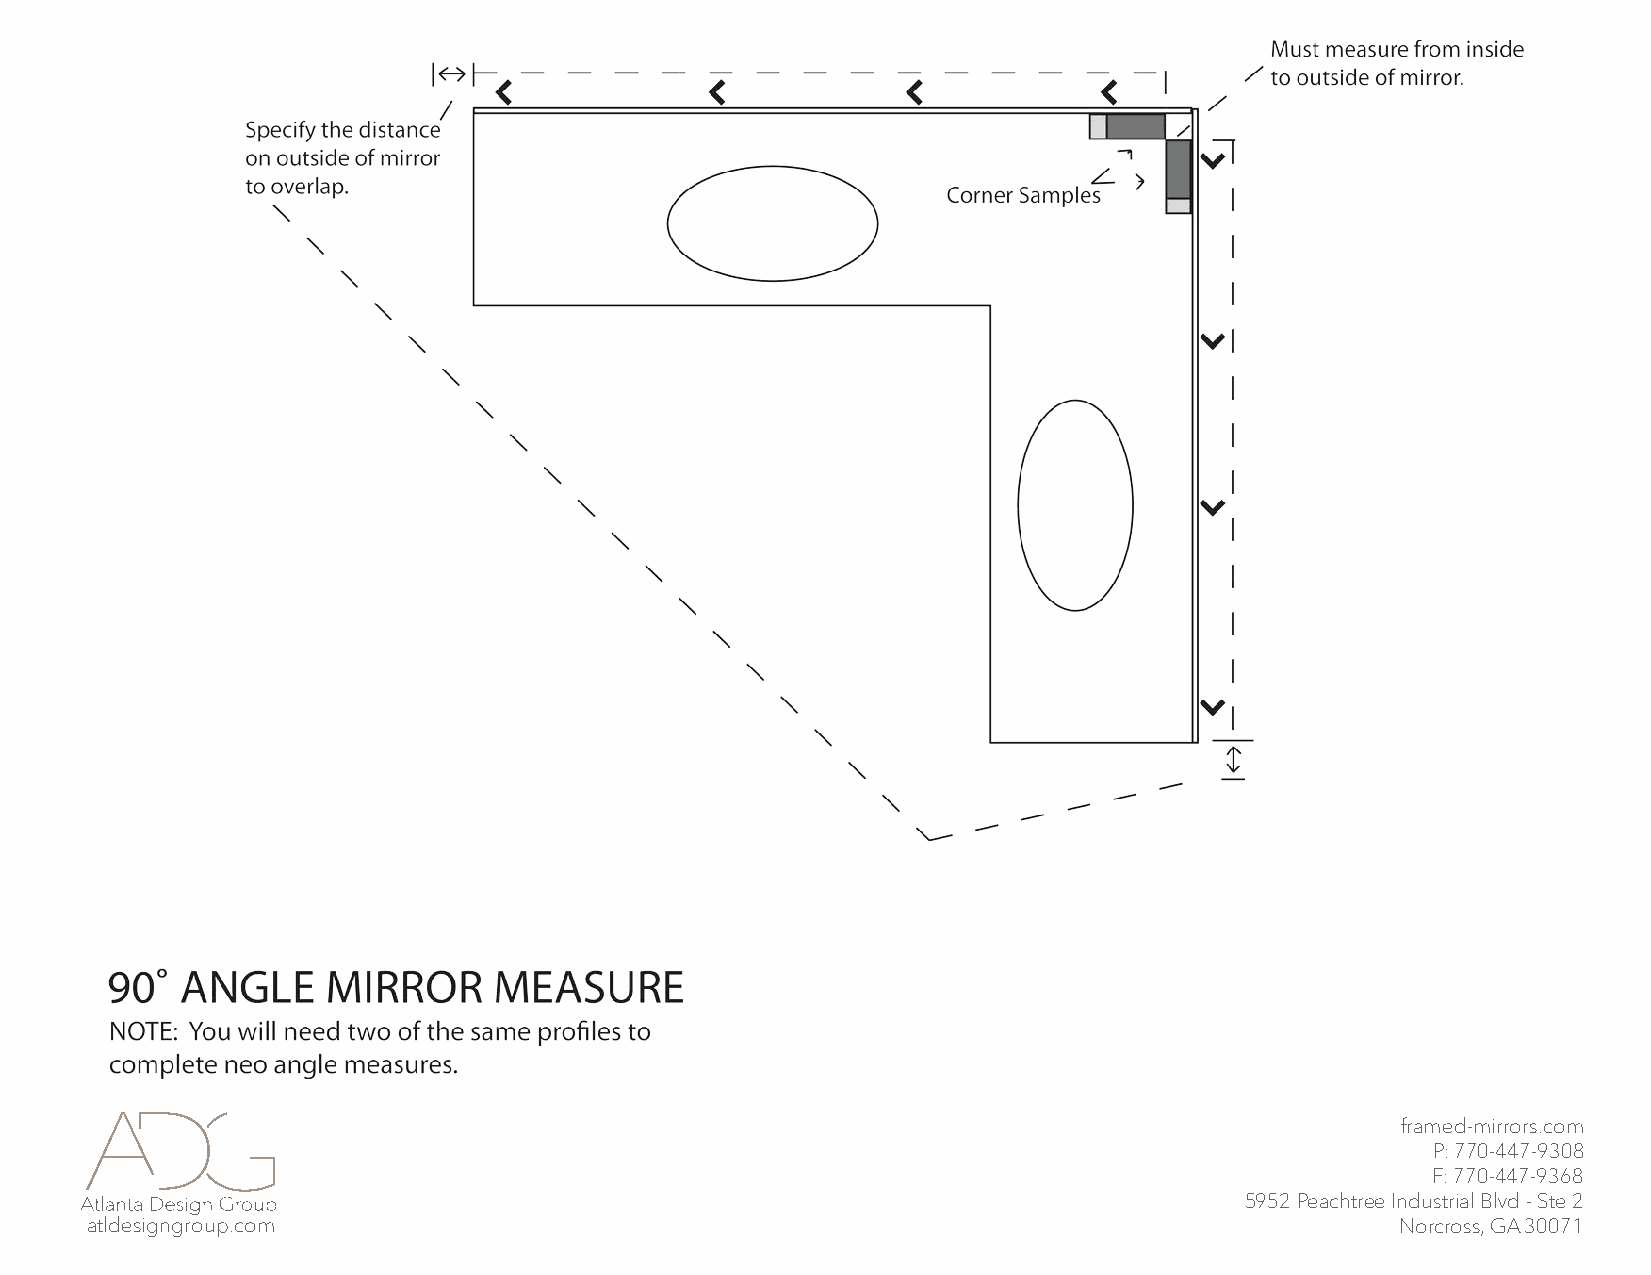
framed-mirrors.com
 P: 770-447-9308
 F: 770-447-9368
 5952 Peachtree Industrial Blvd - Ste 2
 atldesigngroup.com                                                                     Norcross, GA 30071